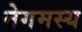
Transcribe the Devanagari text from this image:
नेगमस्य